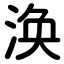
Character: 涣